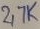
Text: 2,7K